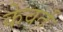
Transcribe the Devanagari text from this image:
केवर्त